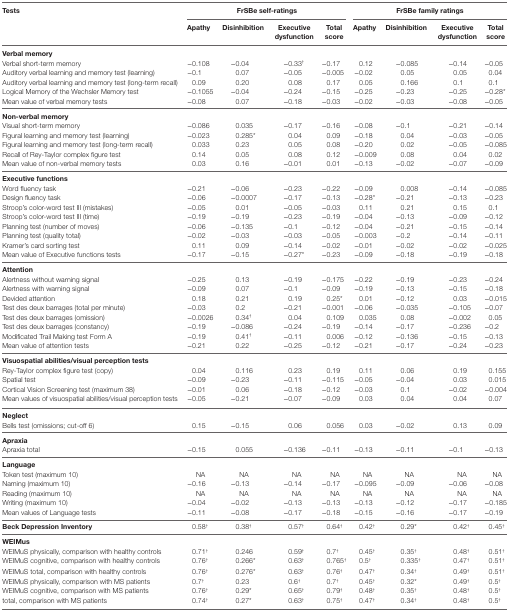
<table><thead><tr><td rowspan="2"><b>Tests</b></td><td colspan="4"><b>FrSBe self-ratings</b></td><td colspan="4"><b>FrSBe family ratings</b></td></tr><tr><td><b>Apathy</b></td><td><b>Disinhibition</b></td><td><b>Executive dysfunction</b></td><td><b>Total score</b></td><td><b>Apathy</b></td><td><b>Disinhibition</b></td><td><b>Executive dysfunction</b></td><td><b>Total score</b></td></tr></thead><tbody><tr><td><b>Verbal memory</b></td><td></td><td></td><td></td><td></td><td></td><td></td><td></td><td></td></tr><tr><td>Verbal short-term memory</td><td>−0.108</td><td>−0.04</td><td>−0.33<sup>†</sup></td><td>−0.17</td><td>0.12</td><td>−0.085</td><td>−0.14</td><td>−0.05</td></tr><tr><td>Auditory verbal learning and memory test (learning)</td><td>−0.1</td><td>0.07</td><td>−0.05</td><td>−0.005</td><td>−0.02</td><td>0.05</td><td>0.05</td><td>0.04</td></tr><tr><td>Auditory verbal learning and memory test (long-term recall)</td><td>0.09</td><td>0.20</td><td>0.08</td><td>0.17</td><td>0.05</td><td>0.166</td><td>0.1</td><td>0.1</td></tr><tr><td>Logical Memory of the Wechsler Memory test</td><td>−0.1055</td><td>−0.04</td><td>−0.24</td><td>−0.15</td><td>−0.25</td><td>−0.23</td><td>−0.25</td><td>−0.28*</td></tr><tr><td>Mean value of verbal memory tests</td><td>−0.08</td><td>0.07</td><td>−0.18</td><td>−0.03</td><td>−0.02</td><td>−0.03</td><td>−0.08</td><td>−0.05</td></tr><tr><td><b>Non-verbal memory</b></td><td></td><td></td><td></td><td></td><td></td><td></td><td></td><td></td></tr><tr><td>Visual short-term memory</td><td>−0.086</td><td>0.035</td><td>−0.17</td><td>−0.16</td><td>−0.08</td><td>−0.1</td><td>−0.21</td><td>−0.14</td></tr><tr><td>Figural learning and memory test (learning)</td><td>−0.023</td><td>0.285*</td><td>0.04</td><td>0.09</td><td>−0.18</td><td>0.04</td><td>−0.03</td><td>−0.05</td></tr><tr><td>Figural learning and memory test (long-term recall)</td><td>0.033</td><td>0.23</td><td>0.05</td><td>0.08</td><td>−0.20</td><td>0.02</td><td>−0.05</td><td>−0.085</td></tr><tr><td>Recall of Rey-Taylor complex figure test</td><td>0.14</td><td>0.05</td><td>0.08</td><td>0.12</td><td>−0.009</td><td>0.08</td><td>0.04</td><td>0.02</td></tr><tr><td>Mean value of non-verbal memory tests</td><td>0.03</td><td>0.16</td><td>−0.01</td><td>0.01</td><td>−0.13</td><td>−0.02</td><td>−0.07</td><td>−0.09</td></tr><tr><td><b>Executive functions</b></td><td></td><td></td><td></td><td></td><td></td><td></td><td></td><td></td></tr><tr><td>Word fluency task</td><td>−0.21</td><td>−0.06</td><td>−0.23</td><td>−0.22</td><td>−0.09</td><td>0.008</td><td>−0.14</td><td>−0.085</td></tr><tr><td>Design fluency task</td><td>−0.06</td><td>−0.0007</td><td>−0.17</td><td>−0.13</td><td>−0.28*</td><td>−0.21</td><td>−0.13</td><td>−0.23</td></tr><tr><td>Stroop’s color-word test III (mistakes)</td><td>−0.05</td><td>0.01</td><td>−0.05</td><td>−0.03</td><td>0.11</td><td>0.21</td><td>0.15</td><td>0.1</td></tr><tr><td>Stroop’s color-word test III (time)</td><td>−0.19</td><td>−0.19</td><td>−0.23</td><td>−0.19</td><td>−0.04</td><td>−0.13</td><td>−0.09</td><td>−0.12</td></tr><tr><td>Planning test (number of moves)</td><td>−0.06</td><td>−0.135</td><td>−0.1</td><td>−0.12</td><td>−0.04</td><td>−0.21</td><td>−0.15</td><td>−0.14</td></tr><tr><td>Planning test (quality total)</td><td>−0.02</td><td>−0.03</td><td>−0.03</td><td>−0.05</td><td>−0.003</td><td>−0.2</td><td>−0.14</td><td>−0.11</td></tr><tr><td>Kramer’s card sorting test</td><td>0.11</td><td>0.09</td><td>−0.14</td><td>−0.02</td><td>−0.01</td><td>−0.02</td><td>−0.02</td><td>−0.025</td></tr><tr><td>Mean value of Executive functions tests</td><td>−0.17</td><td>−0.15</td><td>−0.27*</td><td>−0.23</td><td>−0.09</td><td>−0.18</td><td>−0.19</td><td>−0.18</td></tr><tr><td><b>Attention</b></td><td></td><td></td><td></td><td></td><td></td><td></td><td></td><td></td></tr><tr><td>Alertness without warning signal</td><td>−0.25</td><td>0.13</td><td>−0.19</td><td>−0.175</td><td>−0.22</td><td>−0.19</td><td>−0.23</td><td>−0.24</td></tr><tr><td>Alertness with warning signal</td><td>−0.09</td><td>0.07</td><td>−0.1</td><td>−0.09</td><td>−0.19</td><td>−0.13</td><td>−0.15</td><td>−0.18</td></tr><tr><td>Devided attention</td><td>0.18</td><td>0.21</td><td>0.19</td><td>0.25*</td><td>0.01</td><td>−0.12</td><td>0.03</td><td>−0.015</td></tr><tr><td>Test des deux barrages (total per minute)</td><td>−0.03</td><td>0.2</td><td>−0.21</td><td>−0.001</td><td>−0.06</td><td>−0.035</td><td>−0.105</td><td>−0.07</td></tr><tr><td>Test des deux barrages (omission)</td><td>−0.0026</td><td>0.34<sup>†</sup></td><td>0.04</td><td>0.109</td><td>0.035</td><td>0.08</td><td>−0.002</td><td>0.05</td></tr><tr><td>Test des deux barrages (constancy)</td><td>−0.19</td><td>−0.086</td><td>−0.24</td><td>−0.19</td><td>−0.14</td><td>−0.17</td><td>−0.236</td><td>−0.2</td></tr><tr><td>Modificated Trail Making test Form A</td><td>−0.19</td><td>0.41<sup>†</sup></td><td>−0.11</td><td>0.006</td><td>−0.12</td><td>−0.136</td><td>−0.15</td><td>−0.13</td></tr><tr><td>Mean value of attention tests</td><td>−0.21</td><td>0.22</td><td>−0.25</td><td>−0.12</td><td>−0.21</td><td>−0.17</td><td>−0.24</td><td>−0.23</td></tr><tr><td><b>Visuospatial abilities/visual perception tests</b></td><td></td><td></td><td></td><td></td><td></td><td></td><td></td><td></td></tr><tr><td>Rey-Taylor complex figure test (copy)</td><td>0.04</td><td>0.116</td><td>0.23</td><td>0.19</td><td>0.11</td><td>0.06</td><td>0.19</td><td>0.155</td></tr><tr><td>Spatial test</td><td>−0.09</td><td>−0.23</td><td>−0.11</td><td>−0.115</td><td>−0.05</td><td>−0.04</td><td>0.03</td><td>0.015</td></tr><tr><td>Cortical Vision Screening test (maximum 38)</td><td>−0.01</td><td>0.06</td><td>−0.18</td><td>−0.12</td><td>−0.03</td><td>0.1</td><td>−0.02</td><td>−0.004</td></tr><tr><td>Mean values of visuospatial abilities/visual perception tests</td><td>−0.05</td><td>−0.21</td><td>−0.07</td><td>−0.09</td><td>0.03</td><td>0.04</td><td>0.04</td><td>0.07</td></tr><tr><td><b>Neglect</b></td><td></td><td></td><td></td><td></td><td></td><td></td><td></td><td></td></tr><tr><td>Bells test (omissions; cut-off 6)</td><td>0.15</td><td>−0.15</td><td>0.06</td><td>0.056</td><td>0.03</td><td>−0.02</td><td>0.13</td><td>0.09</td></tr><tr><td><b>Apraxia</b></td><td></td><td></td><td></td><td></td><td></td><td></td><td></td><td></td></tr><tr><td>Apraxia total</td><td>−0.15</td><td>0.055</td><td>−0.136</td><td>−0.11</td><td>−0.13</td><td>−0.11</td><td>−0.1</td><td>−0.13</td></tr><tr><td><b>Language</b></td><td></td><td></td><td></td><td></td><td></td><td></td><td></td><td></td></tr><tr><td>Token test (maximum 10)</td><td>NA</td><td>NA</td><td>NA</td><td>NA</td><td>NA</td><td>NA</td><td>NA</td><td>NA</td></tr><tr><td>Naming (maximum 10)</td><td>−0.16</td><td>−0.13</td><td>−0.14</td><td>−0.17</td><td>−0.095</td><td>−0.09</td><td>−0.06</td><td>−0.08</td></tr><tr><td>Reading (maximum 10)</td><td>NA</td><td>NA</td><td>NA</td><td>NA</td><td>NA</td><td>NA</td><td>NA</td><td>NA</td></tr><tr><td>Writing (maximum 10)</td><td>−0.04</td><td>−0.02</td><td>−0.13</td><td>−0.13</td><td>−0.13</td><td>−0.12</td><td>−0.17</td><td>−0.185</td></tr><tr><td>Mean values of Language tests</td><td>−0.11</td><td>−0.08</td><td>−0.17</td><td>−0.18</td><td>−0.15</td><td>−0.16</td><td>−0.17</td><td>−0.19</td></tr><tr><td><b>Beck Depression Inventory</b></td><td>0.58<sup>†</sup></td><td>0.38<sup>†</sup></td><td>0.57<sup>†</sup></td><td>0.64<sup>†</sup></td><td>0.42<sup>†</sup></td><td>0.29*</td><td>0.42<sup>†</sup></td><td>0.45<sup>†</sup></td></tr><tr><td><b>WEIMus</b></td><td></td><td></td><td></td><td></td><td></td><td></td><td></td><td></td></tr><tr><td>WEIMuS physically, comparison with healthy controls</td><td>0.71<sup>†</sup></td><td>0.246</td><td>0.59<sup>†</sup></td><td>0.7<sup>†</sup></td><td>0.45<sup>†</sup></td><td>0.35<sup>†</sup></td><td>0.48<sup>†</sup></td><td>0.51<sup>†</sup></td></tr><tr><td>WEIMuS cognitive, comparison with healthy controls</td><td>0.76<sup>†</sup></td><td>0.266*</td><td>0.63<sup>†</sup></td><td>0.765<sup>†</sup></td><td>0.5<sup>†</sup></td><td>0.335<sup>†</sup></td><td>0.47<sup>†</sup></td><td>0.51<sup>†</sup></td></tr><tr><td>WEIMuS total, comparison with healthy controls</td><td>0.76<sup>†</sup></td><td>0.276*</td><td>0.63<sup>†</sup></td><td>0.76<sup>†</sup></td><td>0.47<sup>†</sup></td><td>0.34<sup>†</sup></td><td>0.49<sup>†</sup></td><td>0.51<sup>†</sup></td></tr><tr><td>WEIMuS physically, comparison with MS patients</td><td>0.7<sup>†</sup></td><td>0.23</td><td>0.6<sup>†</sup></td><td>0.7<sup>†</sup></td><td>0.45<sup>†</sup></td><td>0.32*</td><td>0.49<sup>†</sup></td><td>0.5<sup>†</sup></td></tr><tr><td>WEIMuS cognitive, comparison with MS patients</td><td>0.76<sup>†</sup></td><td>0.29*</td><td>0.65<sup>†</sup></td><td>0.79<sup>†</sup></td><td>0.48<sup>†</sup></td><td>0.35<sup>†</sup></td><td>0.48<sup>†</sup></td><td>0.5<sup>†</sup></td></tr><tr><td>total, comparison with MS patients</td><td>0.74<sup>†</sup></td><td>0.27*</td><td>0.63<sup>†</sup></td><td>0.75<sup>†</sup></td><td>0.47<sup>†</sup></td><td>0.34<sup>†</sup></td><td>0.48<sup>†</sup></td><td>0.5<sup>†</sup></td></tr></tbody></table>